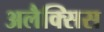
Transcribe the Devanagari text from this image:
अलैक्सिस